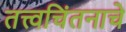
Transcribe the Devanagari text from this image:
तत्त्वचिंतनाचे